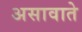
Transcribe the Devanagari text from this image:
असावाते